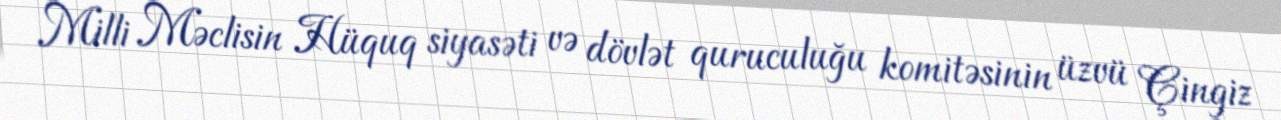
Milli Məclisin Hüquq siyasəti və dövlət quruculuğu komitəsinin üzvü Çingiz